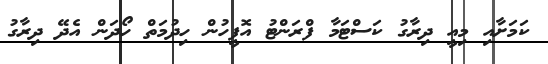
ކަމަށާއި މިއީ ދިރާގު ކަސްޓަމާ ފްރަންޓު އޮފީހުން ހިދުމަތް ހޯދަން އެދޭ ދިރާގު